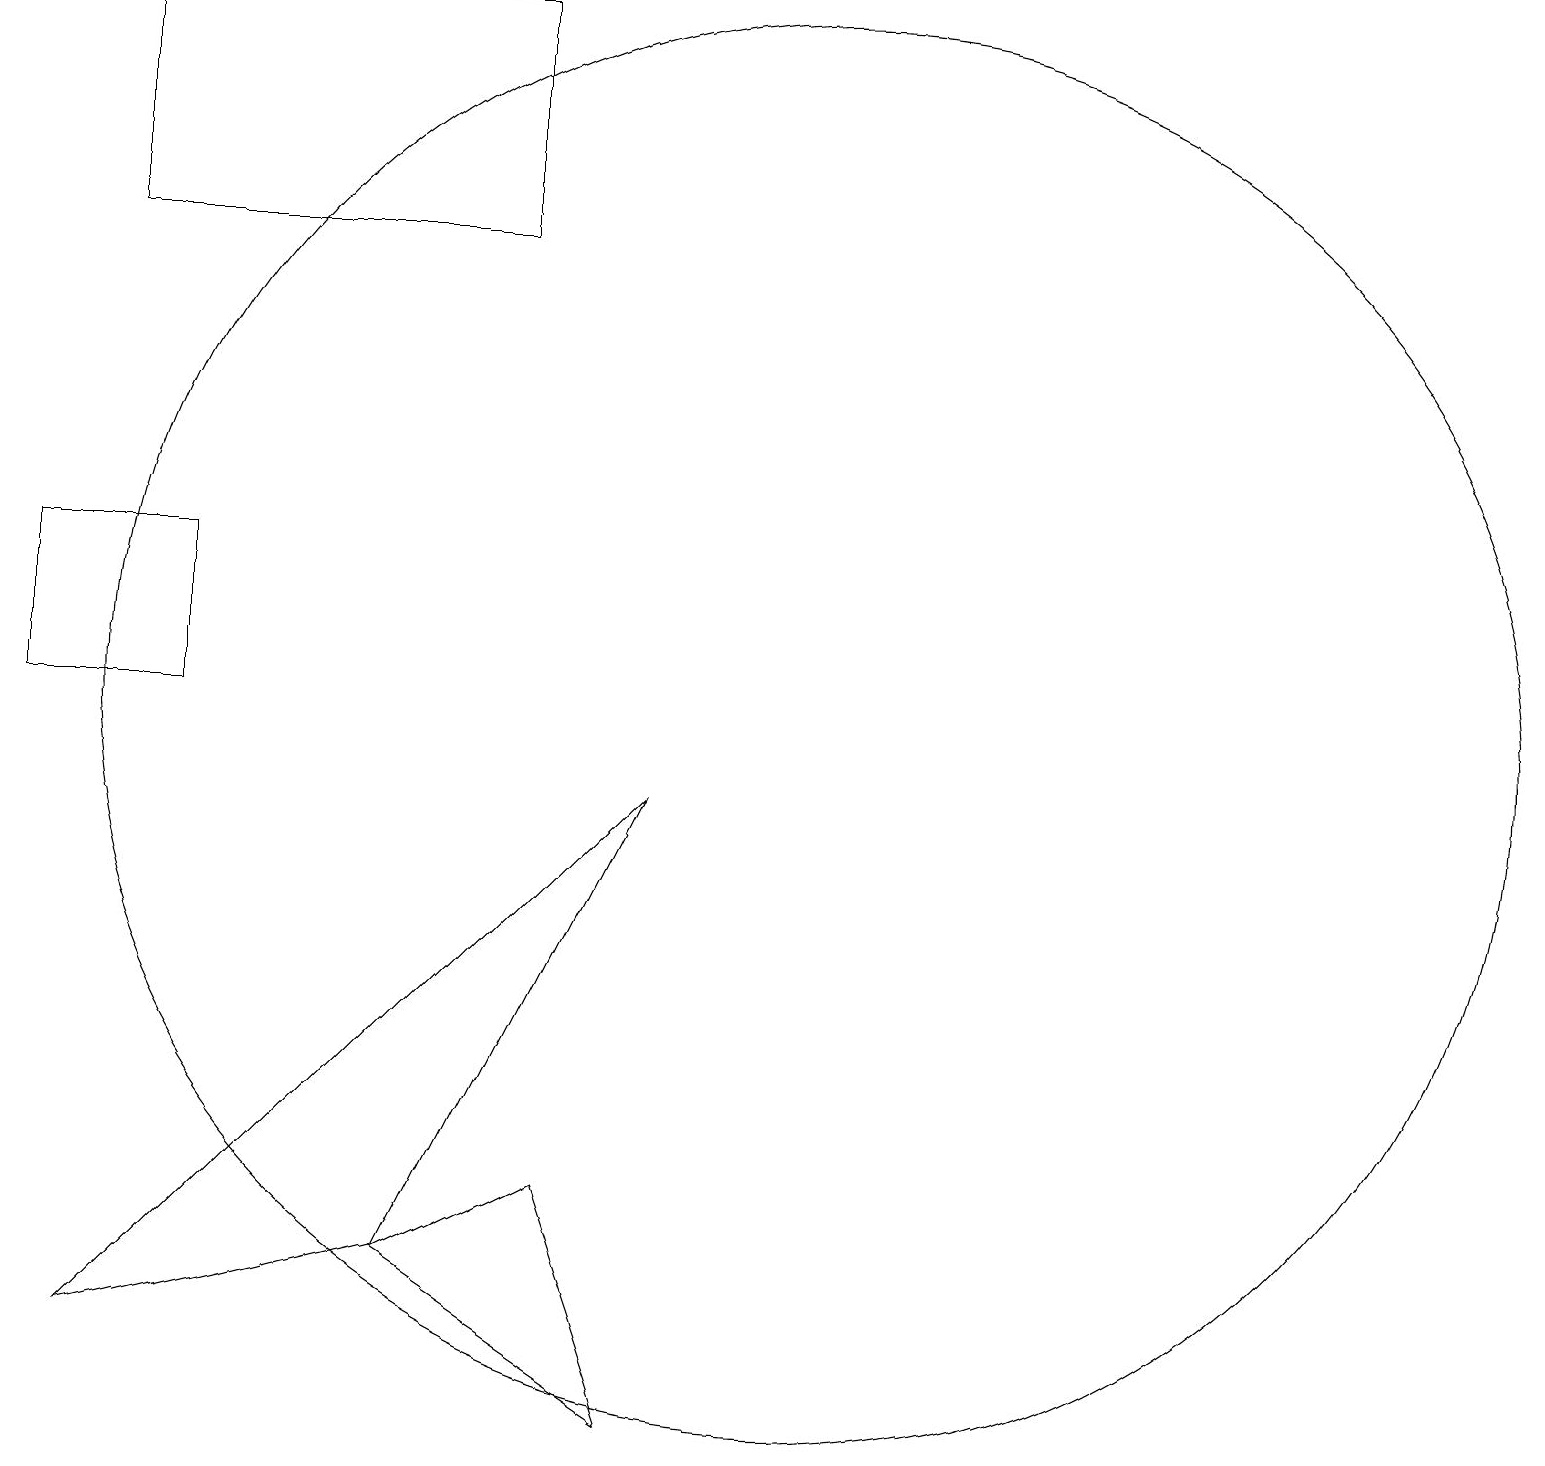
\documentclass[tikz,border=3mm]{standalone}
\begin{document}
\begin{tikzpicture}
\draw (11,10) circle (9);
\draw (9,1) -- (8,4) -- (6,3) -- cycle;
\draw (2,2) -- (6,3) -- (9,9) -- cycle;
\draw (1,10) rectangle (3,12);
\draw (7,19) rectangle (2,16);
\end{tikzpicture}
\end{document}